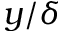
y / \delta